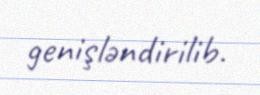
genişləndirilib.